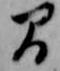
間